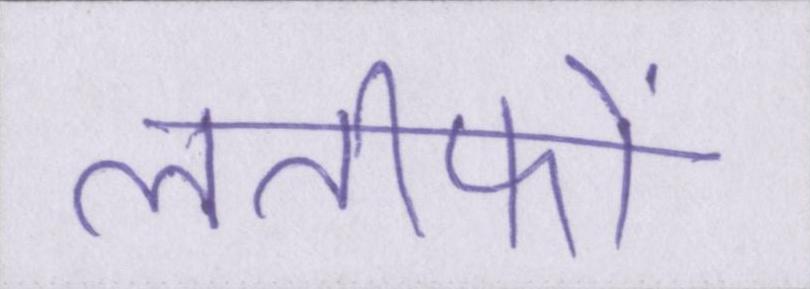
लतीफों